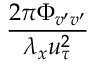
\frac { 2 \pi \Phi _ { v ^ { \prime } v ^ { \prime } } } { \lambda _ { x } u _ { \tau } ^ { 2 } }